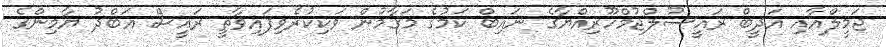
ޖަމީލްއާއި އަދީބް ރައީސުލްޖުމްހޫރިއްޔާގެ ނައިބް ކަމުގެ މަގާމުން ވަކިކުރެވިފައިވާތީ ރައީސް އަބްދު ޔާމިންގެ